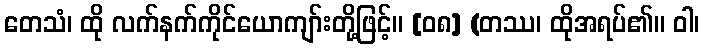
တေသံ၊ ထို လက်နက်ကိုင်ယောကျာ်းတို့ဖြင့်။ [၀၈] (တဿ၊ ထိုအရပ်၏။ ဝါ၊